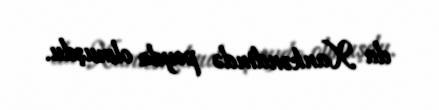
da Xankəndində peyda olmuşdu.